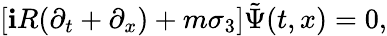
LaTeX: [\mathbf{i}R(\partial_{t}+\partial_{x})+m\sigma_{3}]\tilde{{\Psi}}(t,x)=0,